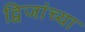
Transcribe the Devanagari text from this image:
द्विजांच्या